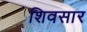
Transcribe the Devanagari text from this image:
शिवसार